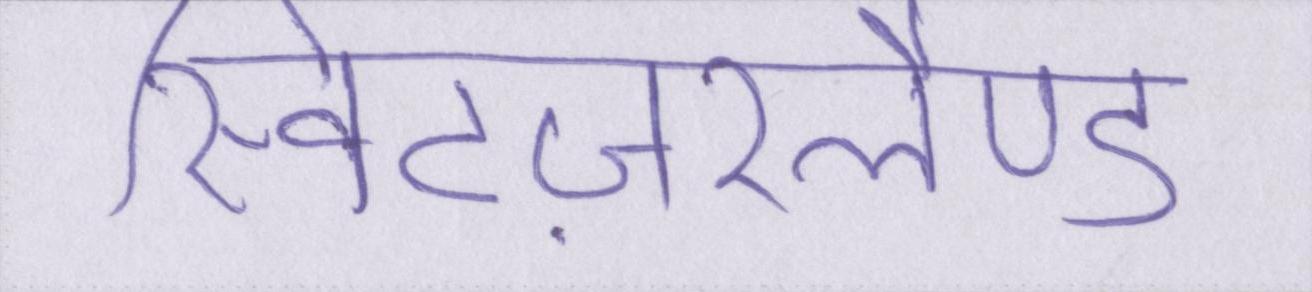
स्विटज़रलैण्ड